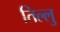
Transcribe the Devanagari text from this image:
तिल्लु